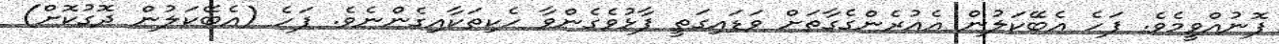
ފޮނުއްވީމެވެ. ފަހެ އެބޭކަލުން އެއުރެންގެގާތަށް ވަޑައިގަތީ ފާޅުވެގެންވާ ހެކިތަކާއިގެންނެވެ. ފަހެ (އެބޭކަލުން ދޮގުކޮށް)